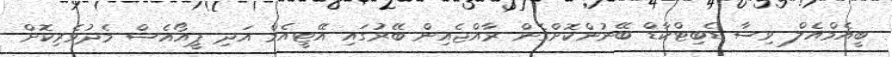
ބީއެމްއެލް ވިސާ ޑެބިޓްކާޑް ބޭނުންކޮށްގެން ރާއްޖެއިން ބޭރުގައި އޭޓީއެމް އަދި ޕީއޯއެސް މެދުވެރިކޮށް